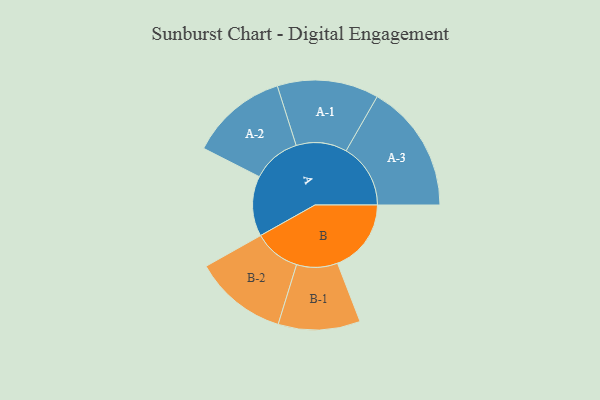
{"axis": {"x": "Segment", "y": "Value"}, "legend": ["", "A", "B"], "data": [{"x": "A", "y": 260, "type": ""}, {"x": "B", "y": 318, "type": ""}, {"x": "A-1", "y": 219, "type": "A"}, {"x": "A-2", "y": 210, "type": "A"}, {"x": "A-3", "y": 278, "type": "A"}, {"x": "B-1", "y": 177, "type": "B"}, {"x": "B-2", "y": 201, "type": "B"}]}